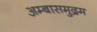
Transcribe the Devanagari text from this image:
अम्बासमुद्रम